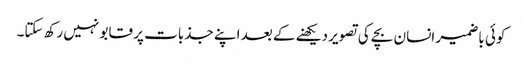
کوئی باضمیر انسان بچے کی تصویر دیکھنے کے بعد اپنے جذبات پر قابو نہیں رکھ سکتا۔